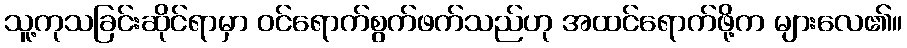
သူ့ကုသခြင်းဆိုင်ရာမှာ ဝင်ရောက်စွက်ဖက်သည်ဟု အထင်ရောက်ဖို့က များလေ၏။